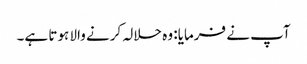
آپ نے فرمایا: وہ حلالہ کرنے والا ہوتا ہے۔